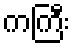
ကကြီး